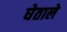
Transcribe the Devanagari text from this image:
घेताले